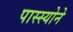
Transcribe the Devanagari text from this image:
पास्स्योने